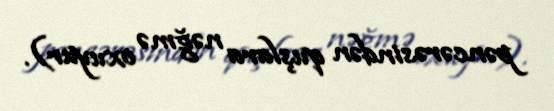
pəncərəsindən quşlara nəğmə oxuyur).